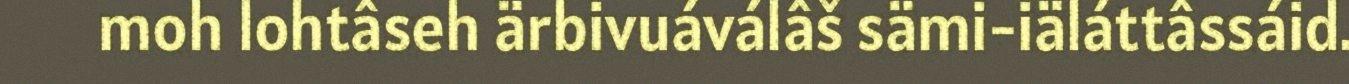
moh lohtâseh ärbivuáválâš sämi-iäláttâssáid.